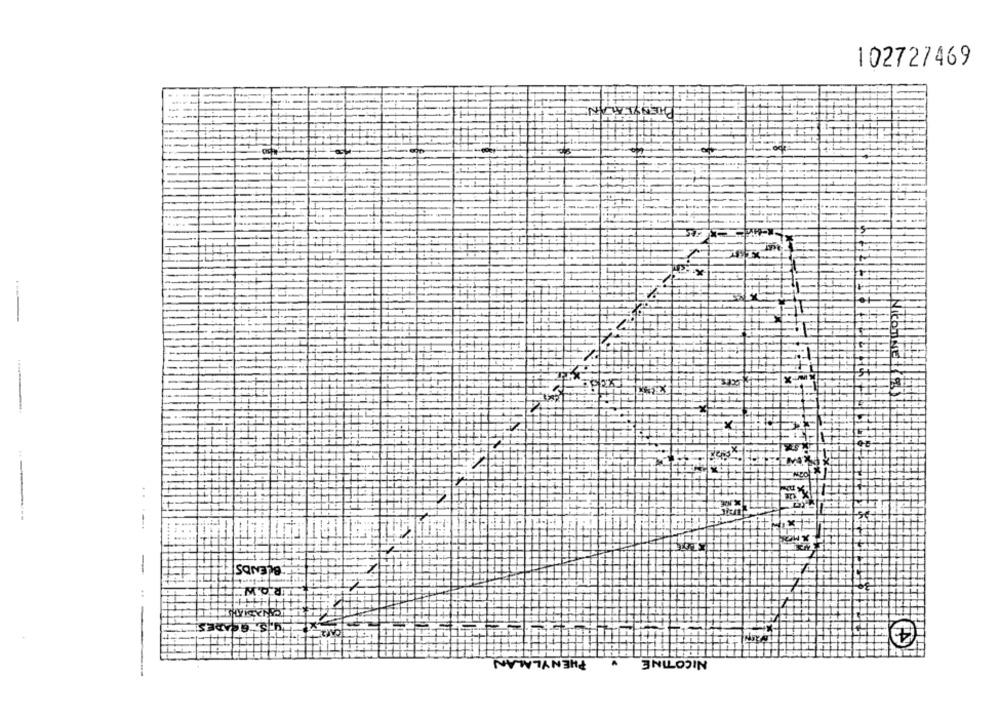
102727469
BLENDS
-
TROW
4
PHENYLALAN
NICOTINE